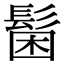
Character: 𩭋